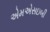
એમએસઇબી